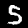
Digit: 5